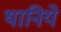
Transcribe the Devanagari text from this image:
थानिये